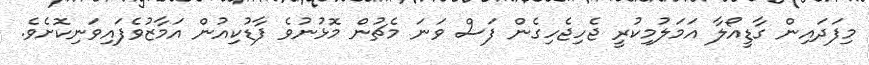
މިފަދައިން ގާޑީއޯލާ އަމަލުމިކުރީ ޖެހިޖެހިގެން ފަސް ވަނަ މެޗުން މޮޅުނުވެ ފާޑުކިއުން އަމާޒުވެފައިވަނިކޮށެވެ.